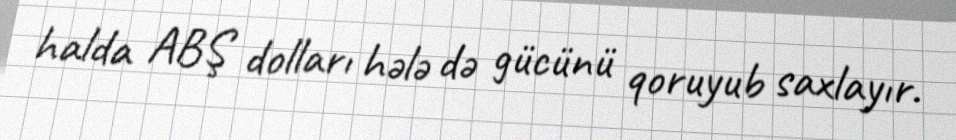
halda ABŞ dolları hələ də gücünü qoruyub saxlayır.